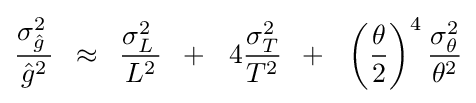
{{\sigma _{\hat {g}}^{2}\,} \over {{\hat {g}}^{2}}}\,\,\,\approx \,\,\,{{\sigma _{L}^{2}\,} \over {L^{2}}}\,\,\,+\,\,\,\,4{{\sigma _{T}^{2}} \over {T^{2}}}\,\,\,+\,\,\,\,\left({\theta  \over 2}\right)^{4}{{\sigma _{\theta }^{2}} \over {\theta ^{2}}}